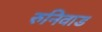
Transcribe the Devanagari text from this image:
रुनिवाड